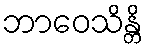
ဘာဝေသိန္တိ